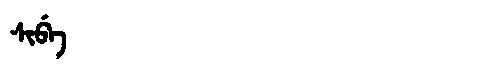
Manchu: ᠰᡳᠪᡝ
Romanization: SIBE